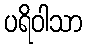
ပရိဝါသာ